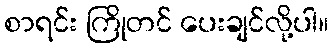
စာရင်း ကြိုတင် ပေးချင်လို့ပါ။